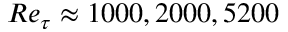
R e _ { \tau } \approx 1 0 0 0 , 2 0 0 0 , 5 2 0 0